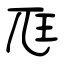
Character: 尫